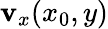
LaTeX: \mathbf{v}_{x}(x_{0},y)